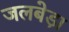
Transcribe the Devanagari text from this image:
जलबेड़ा